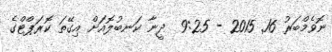
ނޮވެމްބަރު 16